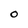
Character: O